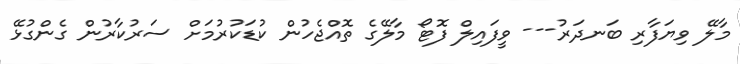
މާލޭ ވިޔަފާރި ބަނދަރު--- ވީފައިލް ފޮޓޯ މާލޭގެ ތޮއްޖެހުން ކުޑަކުރުމަށް ސަރުކާރުން ގެންގުޅޭ